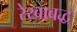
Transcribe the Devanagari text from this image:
रेखाबद्ध